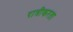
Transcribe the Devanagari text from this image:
रात्रीकरता